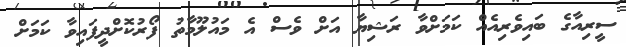
ސީރިއާގެ ބައިވެރިއެއް ކަމަށްވާ ރަޝިޔާ އަށް ވެސް އެ މައުލޫމާތު ފޯރުކޮށްދީފައިވާ ކަމަށް